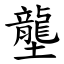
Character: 壟